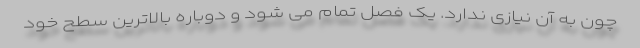
چون به آن نیازی ندارد. یک فصل تمام می شود و دوباره بالاترین سطح خود